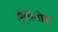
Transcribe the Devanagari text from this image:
ठुतोमोस